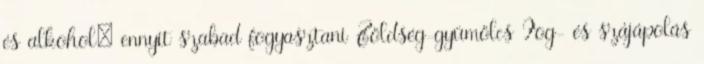
és alkohol: ennyit szabad fogyasztani Zöldség-gyümölcs Fog- és szájápolás